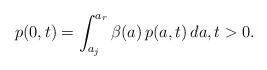
LaTeX: \begin{align*}p(0,t)=\int_{a_j}^{a_r}\beta(a)\,p(a,t)\,d a, t>0.\end{align*}